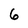
Character: 6